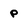
Character: p